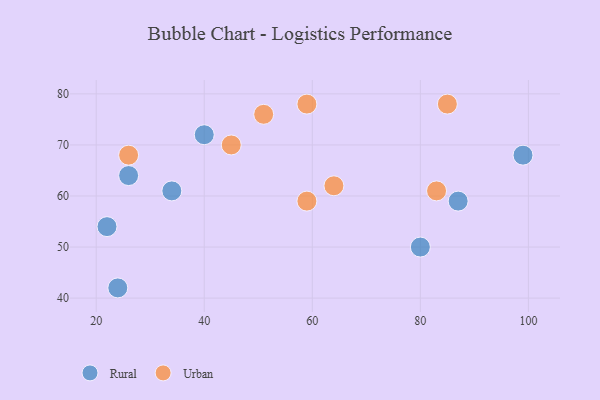
{"axis": {"x": "GDP", "y": "Life Expectancy"}, "legend": ["Rural", "Urban"], "data": [{"x": "22", "y": 54, "type": "Rural"}, {"x": "40", "y": 72, "type": "Rural"}, {"x": "26", "y": 64, "type": "Rural"}, {"x": "87", "y": 59, "type": "Rural"}, {"x": "24", "y": 42, "type": "Rural"}, {"x": "34", "y": 61, "type": "Rural"}, {"x": "99", "y": 68, "type": "Rural"}, {"x": "80", "y": 50, "type": "Rural"}, {"x": "83", "y": 61, "type": "Urban"}, {"x": "45", "y": 70, "type": "Urban"}, {"x": "85", "y": 78, "type": "Urban"}, {"x": "26", "y": 68, "type": "Urban"}, {"x": "64", "y": 62, "type": "Urban"}, {"x": "59", "y": 59, "type": "Urban"}, {"x": "59", "y": 78, "type": "Urban"}, {"x": "51", "y": 76, "type": "Urban"}]}